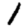
Digit: 1